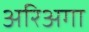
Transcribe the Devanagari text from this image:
अरिअगा